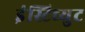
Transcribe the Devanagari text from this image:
इंस्टिच्युट